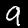
Label: 9